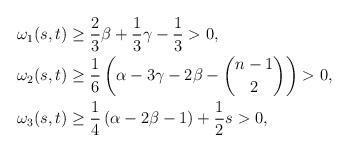
LaTeX: \begin{align*}\omega_1(s,t) & \geq \frac{2}{3}\beta + \frac{1}{3}\gamma - \frac{1}{3}>0,\\\omega_2(s,t) & \geq \frac{1}{6} \left( \alpha - 3\gamma -2\beta -\binom{n-1}{2} \right) >0,\\\omega_3 (s,t) &\geq \frac{1}{4} \left( \alpha -2\beta -1 \right) + \frac{1}{2}s >0,\end{align*}